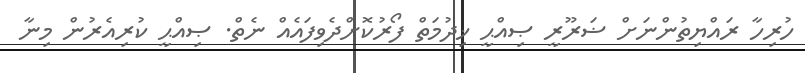
ހުރިހާ ރައްޔިތުންނަށް ޟަރޫރީ ޞިއްޙީ ޚިދުމަތް ފޯރުކޮށްދެވިފައެއް ނެތް. ޞިއްޙީ ކުރިއެރުން މިނާ